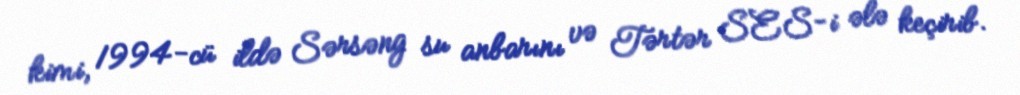
kimi, 1994-cü ildə Sərsəng su anbarını və Tərtər SES-i ələ keçirib.